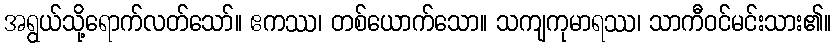
အရွယ်သို့ရောက်လတ်သော်။ ဧကဿ၊ တစ်ယောက်သော။ သကျကုမာရဿ၊ သာကီဝင်မင်းသား၏။